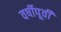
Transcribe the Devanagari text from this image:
वर्षीपूर्वी